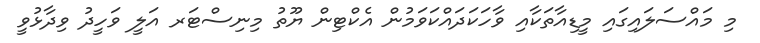
މި މައްސަލައިގައި މީޑިއާތަކާއި ވާހަކަދައްކަވަމުން އެކްޓިން ޔޫތު މިނިސްޓަރ އަލީ ވަހީދު ވިދާޅުވީ